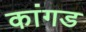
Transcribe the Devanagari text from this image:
कांगड